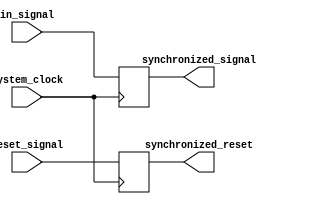
module Synchronizer_with_reset_synchronization (
  input wire in_signal,
  input wire system_clock,
  input wire reset_signal,
  output wire synchronized_signal,
  output wire synchronized_reset
);

reg synchronized_signal_reg;
reg synchronized_reset_reg;

always @(posedge system_clock) begin
  synchronized_signal_reg <= in_signal;
  synchronized_reset_reg <= reset_signal;
end

assign synchronized_signal = synchronized_signal_reg;
assign synchronized_reset = synchronized_reset_reg;

endmodule